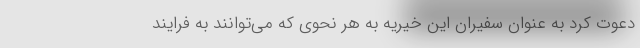
دعوت کرد به عنوان سفیران این خیریه به هر نحوی که می‌توانند به فرایند